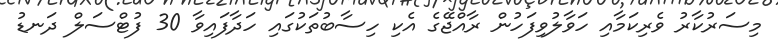
މިސަރުކާރު ވެރިކަމާއި ހަވާލުވިފަހުން ރާއްޖޭގެ އެކި ހިސާބުތަކުގައި ހަދާފައިވާ 30 ފުޓްސަލް ދަނޑު